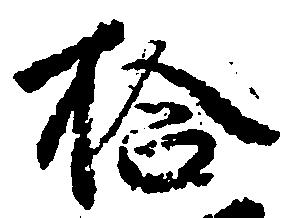
拾